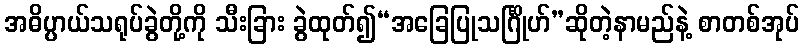
အဓိပ္ပာယ်သရုပ်ခွဲတို့ကို သီးခြား ခွဲထုတ်၍“အခြေပြုသင်္ဂြိုဟ်”ဆိုတဲ့နာမည်နဲ့ စာတစ်အုပ်